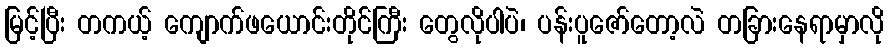
မြင့်ပြီး တကယ့် ကျောက်ဖယောင်းတိုင်ကြီး တွေလိုပါပဲ၊ ပန်းပူဇော်တော့လဲ တခြားနေရာမှာလို